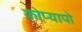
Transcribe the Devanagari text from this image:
कोप्यापो